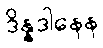
ဒိန္နဒါနေန